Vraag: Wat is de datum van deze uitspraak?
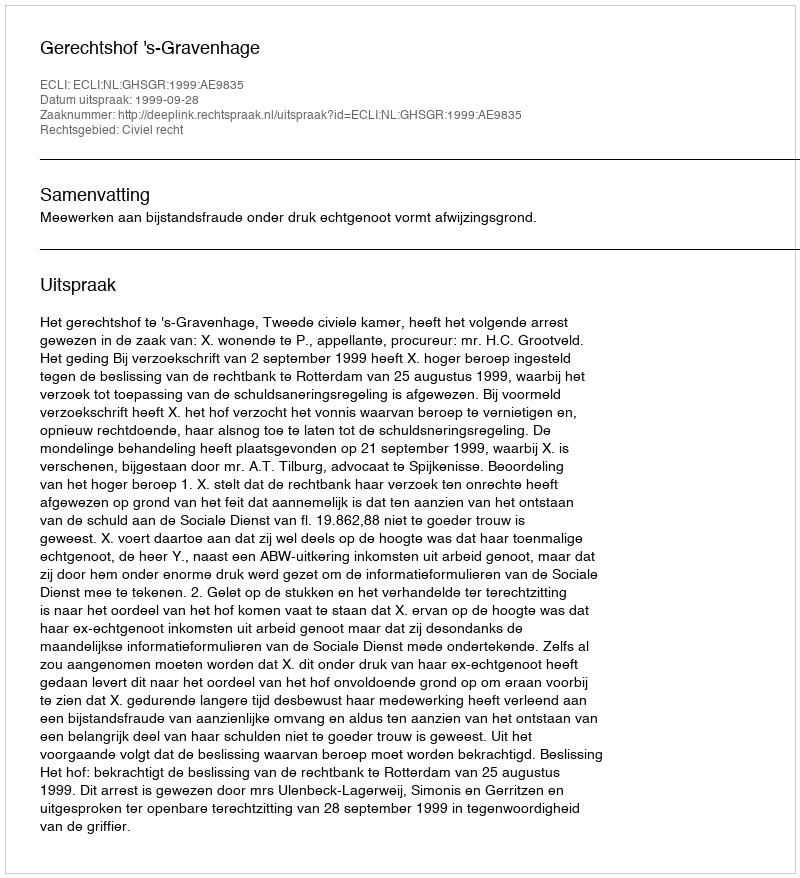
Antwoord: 1999-09-28